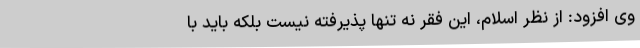
وی افزود: از نظر اسلام، این فقر نه تنها پذیرفته نیست بلکه باید با